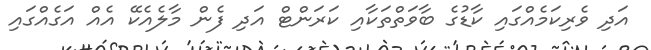
އަދި ވެރިކަމެއްގައި ކާޑުގެ ބާވަތްތަކާއި ކަރަންޓް އަދި ފެން މާލެއެކޭ އެއް އަގެއްގައި